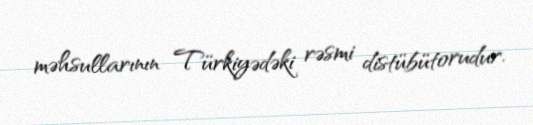
məhsullarının Türkiyədəki rəsmi distübütorudur.